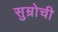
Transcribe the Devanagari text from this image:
सुम्रोची